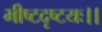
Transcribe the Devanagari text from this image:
भीष्टदृष्टयः।।